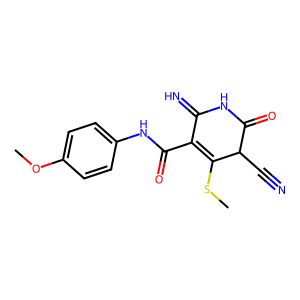
SMILES: COc1ccc(NC(=O)C2=C(SC)C(C#N)C(=O)NC2=N)cc1
Inhibits HIV replication: No